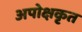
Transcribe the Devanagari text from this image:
अपोक्षकृत